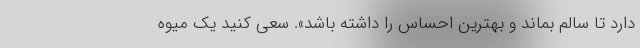
دارد تا سالم بماند و بهترین احساس را داشته باشد». سعی کنید یک میوه